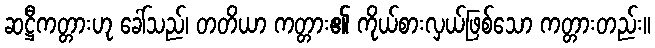
ဆဋ္ဌီကတ္တားဟု ခေါ်သည်၊ တတိယာ ကတ္တား၏ ကိုယ်စားလှယ်ဖြစ်သော ကတ္တားတည်း။